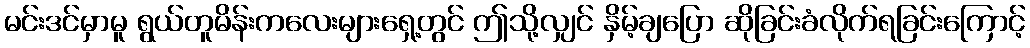
မင်းဒင်မှာမူ ရွယ်တူမိန်းကလေးများရှေ့တွင် ဤသို့လျှင် နှိမ့်ချပြော ဆိုခြင်းခံလိုက်ရခြင်းကြောင့်